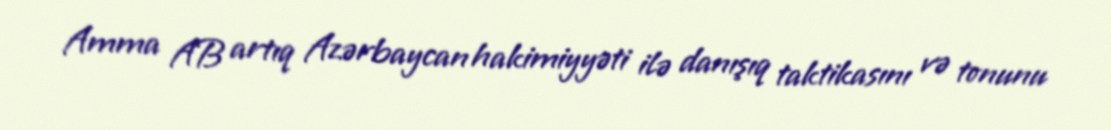
Amma AB artıq Azərbaycan hakimiyyəti ilə danışıq taktikasını və tonunu